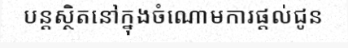
បន្តស្ថិតនៅក្នុងចំណោមការផ្តល់ជូន